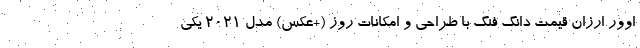
اوور ارزان قیمت دانگ فنگ با طراحی و امکانات روز (+عکس) مدل 2021 یکی